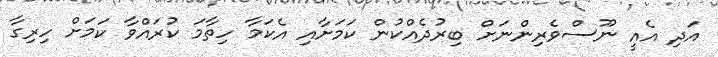
އަދި އެއީ ނޫސްވެރިންނަށް ބިރުދެއްކުން ކަމަށާއި އެކަމާ ހިތާމަ ކުރައްވާ ކަމަށް ހިރިގާ